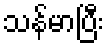
သန်မာပြီး